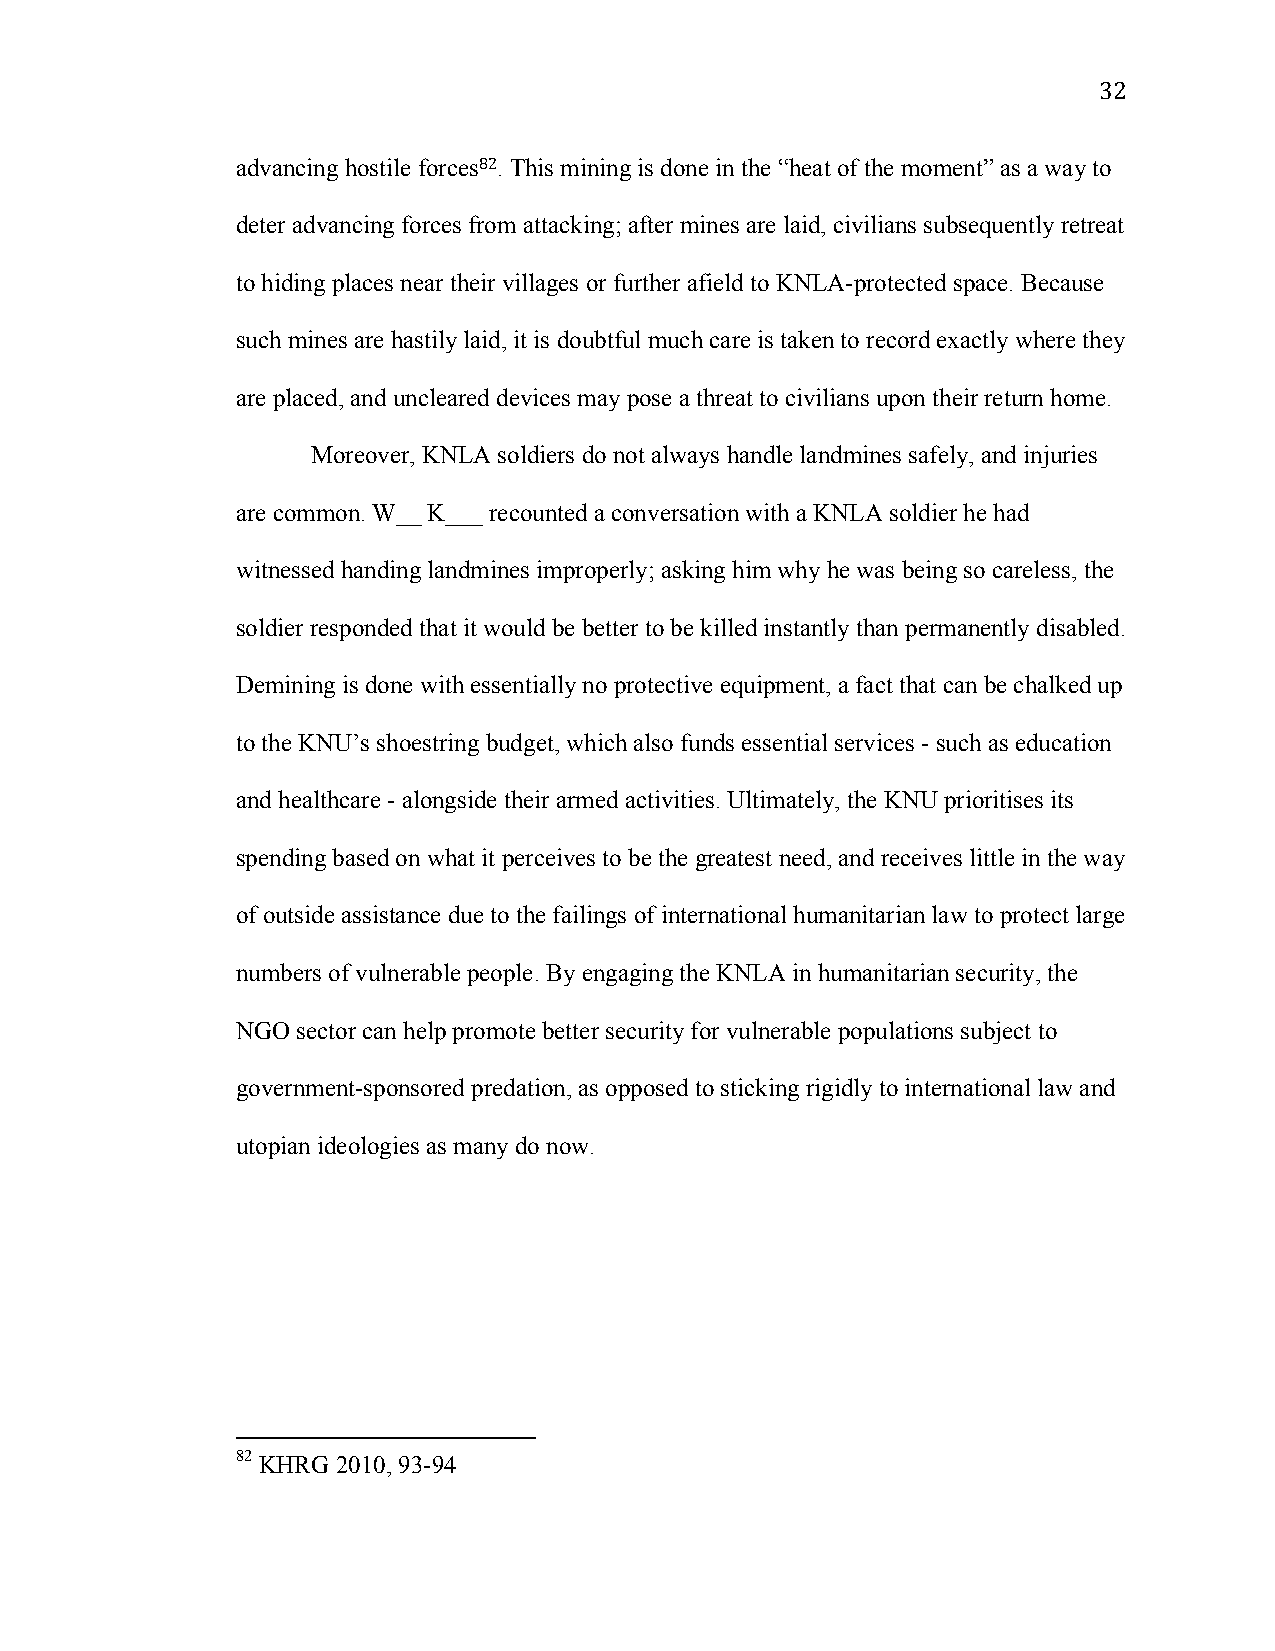
32
 advancing hostile forces82. This mining is done in the “heat of the moment” as a way to
 deter advancing forces from attacking; after mines are laid, civilians subsequently retreat
 to hiding places near their villages or further afield to KNLA-protected space. Because
 such mines are hastily laid, it is doubtful much care is taken to record exactly where they
 are placed, and uncleared devices may pose a threat to civilians upon their return home.
 Moreover, KNLA soldiers do not always handle landmines safely, and injuries
 are common. W__ K___ recounted a conversation with a KNLA soldier he had
 witnessed handing landmines improperly; asking him why he was being so careless, the
 soldier responded that it would be better to be killed instantly than permanently disabled.
 Demining is done with essentially no protective equipment, a fact that can be chalked up
 to the KNU’s shoestring budget, which also funds essential services - such as education
 and healthcare - alongside their armed activities. Ultimately, the KNU prioritises its
 spending based on what it perceives to be the greatest need, and receives little in the way
 of outside assistance due to the failings of international humanitarian law to protect large
 numbers of vulnerable people. By engaging the KNLA in humanitarian security, the
 NGO sector can help promote better security for vulnerable populations subject to
 government-sponsored predation, as opposed to sticking rigidly to international law and
 utopian ideologies as many do now.
 82 KHRG 2010, 93-94